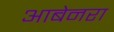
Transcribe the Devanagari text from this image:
आबेनरा